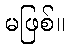
မဖြစ်။